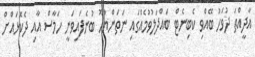
އާދީއްތަ ދުވަހު ބޭއްވި ކެބިނެޓް ބައްދަލުވުމެއްގައި ނަތަންޔާހޫ ބުނެފައިވަނީ ހަމާސް އާއި ދެކޮޅައްށް